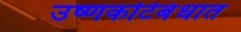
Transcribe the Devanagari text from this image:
उष्णकटिबंधात